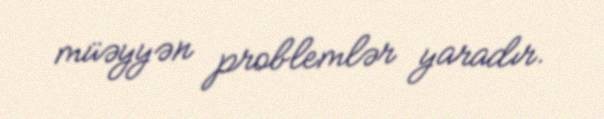
müəyyən problemlər yaradır.